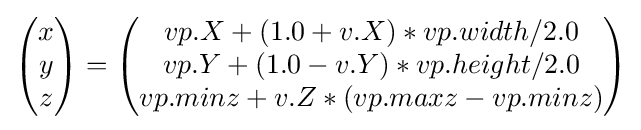
{\begin{pmatrix}x\\y\\z\end{pmatrix}}={\begin{pmatrix}{vp}.X+(1.0+v.X)*{vp}.{width}/2.0\\{vp}.Y+(1.0-v.Y)*{vp}.{height}/2.0\\{vp}.{minz}+v.Z*({vp}.{maxz}-{vp}.{minz})\end{pmatrix}}